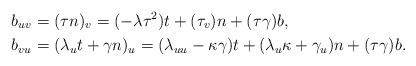
LaTeX: \begin{align*}b_{uv} & =(\tau n)_{v}=(-\lambda\tau^{2})t+(\tau_{v})n+(\tau\gamma)b,\\b_{vu} & =(\lambda_{u}t+\gamma n)_{u}=(\lambda_{uu}-\kappa\gamma)t+(\lambda_{u}\kappa+\gamma_{u})n+(\tau\gamma)b.\end{align*}